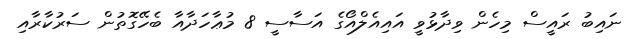
ނައިބު ރައީސް މިހެން ވިދާޅުވީ އައިއެލްއޯގެ އަސާސީ 8 މުޢާހަދާއާ ބެހޭގޮތުން ސަރުކާރާއި